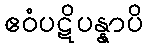
ဧဝံပဋိပန္နာပိ